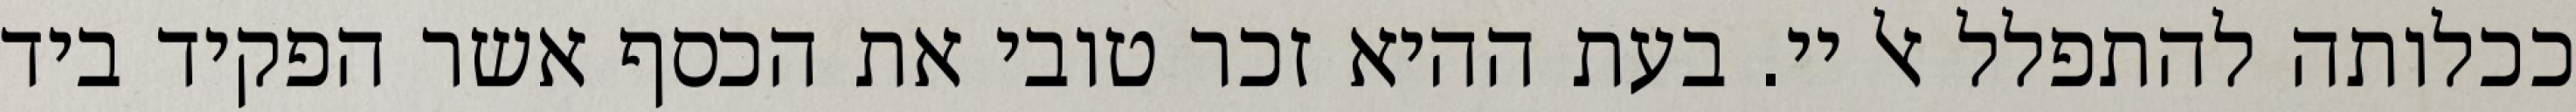
ככלותה להתפלל אל יי. בעת ההיא זכר טובי את הכסף אשר הפקיד ביד